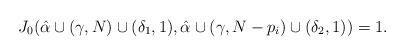
LaTeX: \begin{align*} J_{0}(\hat{\alpha}\cup{(\gamma,N)}\cup{(\delta_{1},1)},\hat{\alpha}\cup{(\gamma,N-p_{i})}\cup{(\delta_{2},1)})=1.\end{align*}